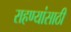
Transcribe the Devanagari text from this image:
राहण्यांसाठी